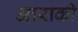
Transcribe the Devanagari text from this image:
आराकी